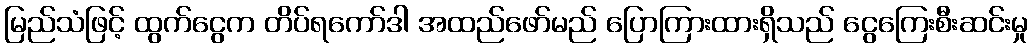
မြည်သံဖြင့် ထွက်ငွေက တိပ်ရကော်ဒါ အထည်ဖော်မည် ပြောကြားထားရှိသည် ငွေကြေးစီးဆင်းမှု